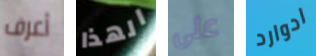
أعرف الهذا على ادوارد